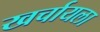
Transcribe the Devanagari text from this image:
खर्चायला